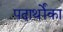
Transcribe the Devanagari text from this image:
पदार्थोंका